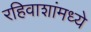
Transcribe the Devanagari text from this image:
रहिवाशांमध्ये